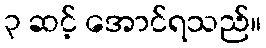
၃ ဆင့် အောင်ရသည်။